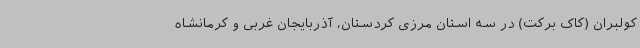
کولبران (کاک برکت) در سه استان مرزی کردستان، آذربایجان غربی و کرمانشاه